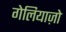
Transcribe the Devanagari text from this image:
गेलियाज़ो